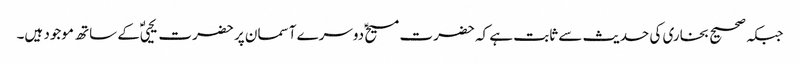
جبکہ صحیح بخاری کی حدیث سے ثابت ہے کہ حضرت مسیحؑ دوسرے آسمان پر حضرت یحییٰؑ کے ساتھ موجود ہیں۔